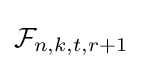
{\mathcal {F}}_{n,k,t,r+1}